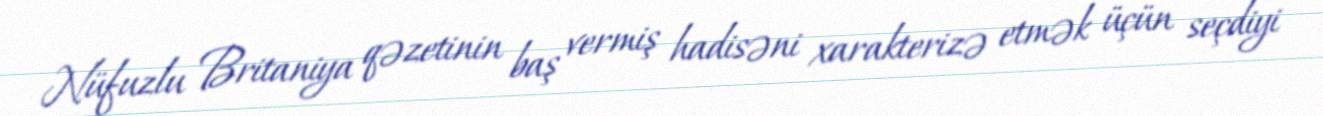
Nüfuzlu Britaniya qəzetinin baş vermiş hadisəni xarakterizə etmək üçün seçdiyi